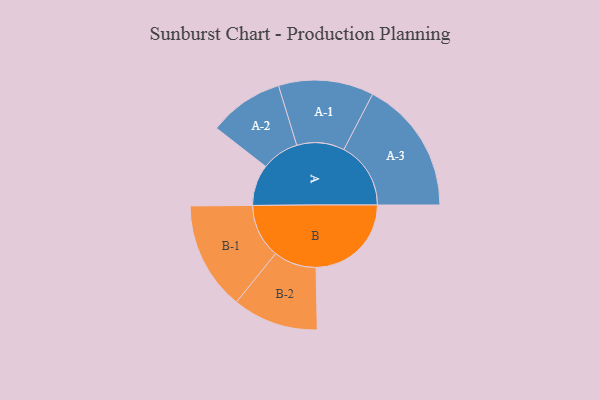
{"axis": {"x": "Segment", "y": "Value"}, "legend": ["", "A", "B"], "data": [{"x": "A", "y": 138, "type": ""}, {"x": "B", "y": 320, "type": ""}, {"x": "A-1", "y": 160, "type": "A"}, {"x": "A-2", "y": 126, "type": "A"}, {"x": "A-3", "y": 225, "type": "A"}, {"x": "B-1", "y": 182, "type": "B"}, {"x": "B-2", "y": 144, "type": "B"}]}